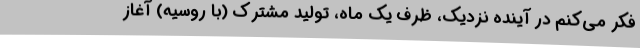
فکر می‌کنم در آینده نزدیک، ظرف یک ماه، تولید مشترک (با روسیه) آغاز